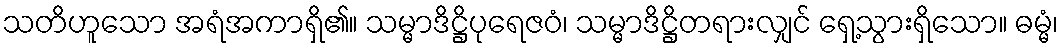
သတိဟူသော အရံအကာရှိ၏။ သမ္မာဒိဋ္ဌိပုရေဇဝံ၊ သမ္မာဒိဋ္ဌိတရားလျှင် ရှေ့သွားရှိသော။ ဓမ္မံ၊